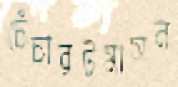
চেঁচারটমাসন